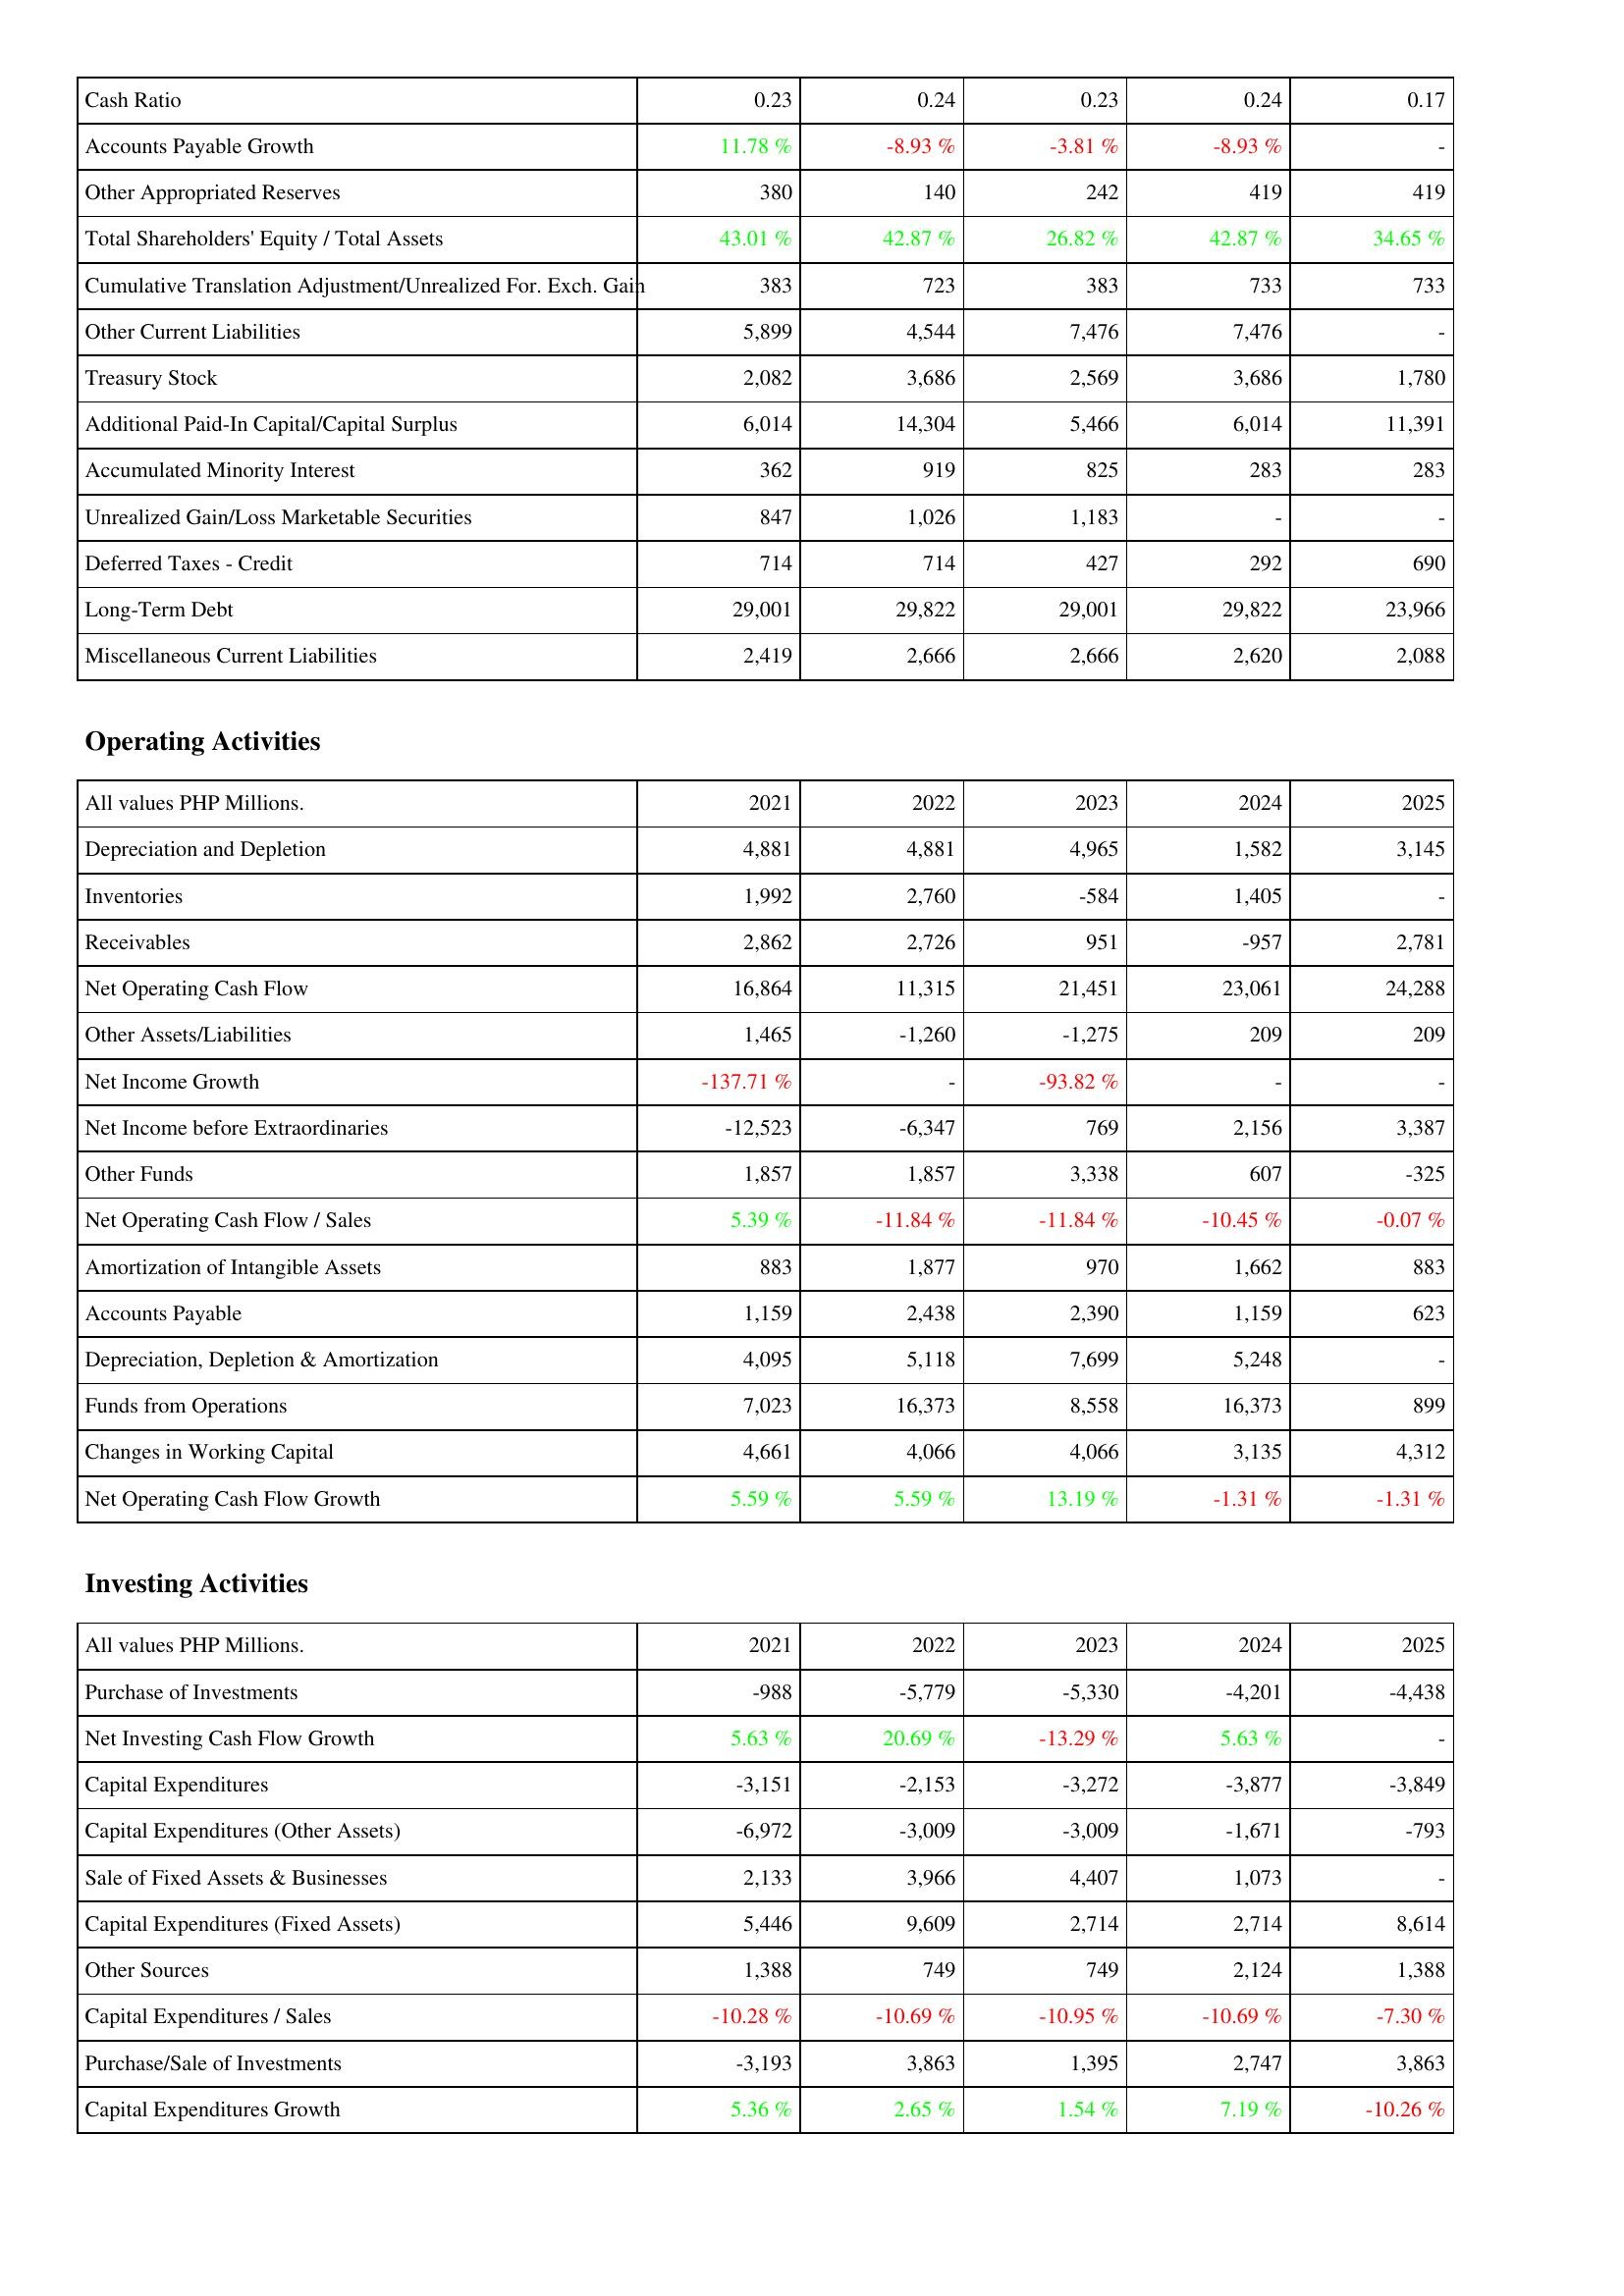
2021: Liabilities & Shareholders' Equity: Cash Ratio: 0.23
Accounts Payable Growth: 11.78 %
Other Appropriated Reserves: 380
Total Shareholders' Equity / Total Assets: 43.01 %
Cumulative Translation Adjustment/Unrealized For. Exch. Gain: 383
Other Current Liabilities: 5,899
Treasury Stock: 2,082
Additional Paid-In Capital/Capital Surplus: 6,014
Accumulated Minority Interest: 362
Unrealized Gain/Loss Marketable Securities: 847
Deferred Taxes - Credit: 714
Long-Term Debt: 29,001
Miscellaneous Current Liabilities: 2,419
Operating Activities: Depreciation and Depletion: 4,881
Inventories: 1,992
Receivables: 2,862
Net Operating Cash Flow: 16,864
Other Assets/Liabilities: 1,465
Net Income Growth: -137.71 %
Net Income before Extraordinaries: -12,523
Other Funds: 1,857
Net Operating Cash Flow / Sales: 5.39 %
Amortization of Intangible Assets: 883
Accounts Payable: 1,159
Depreciation, Depletion & Amortization: 4,095
Funds from Operations: 7,023
Changes in Working Capital: 4,661
Net Operating Cash Flow Growth: 5.59 %
Investing Activities: Purchase of Investments: -988
Net Investing Cash Flow Growth: 5.63 %
Capital Expenditures: -3,151
Capital Expenditures (Other Assets): -6,972
Sale of Fixed Assets & Businesses: 2,133
Capital Expenditures (Fixed Assets): 5,446
Other Sources: 1,388
Capital Expenditures / Sales: -10.28 %
Purchase/Sale of Investments: -3,193
Capital Expenditures Growth: 5.36 %
2022: Liabilities & Shareholders' Equity: Cash Ratio: 0.24
Accounts Payable Growth: -8.93 %
Other Appropriated Reserves: 140
Total Shareholders' Equity / Total Assets: 42.87 %
Cumulative Translation Adjustment/Unrealized For. Exch. Gain: 723
Other Current Liabilities: 4,544
Treasury Stock: 3,686
Additional Paid-In Capital/Capital Surplus: 14,304
Accumulated Minority Interest: 919
Unrealized Gain/Loss Marketable Securities: 1,026
Deferred Taxes - Credit: 714
Long-Term Debt: 29,822
Miscellaneous Current Liabilities: 2,666
Operating Activities: Depreciation and Depletion: 4,881
Inventories: 2,760
Receivables: 2,726
Net Operating Cash Flow: 11,315
Other Assets/Liabilities: -1,260
Net Income Growth: -
Net Income before Extraordinaries: -6,347
Other Funds: 1,857
Net Operating Cash Flow / Sales: -11.84 %
Amortization of Intangible Assets: 1,877
Accounts Payable: 2,438
Depreciation, Depletion & Amortization: 5,118
Funds from Operations: 16,373
Changes in Working Capital: 4,066
Net Operating Cash Flow Growth: 5.59 %
Investing Activities: Purchase of Investments: -5,779
Net Investing Cash Flow Growth: 20.69 %
Capital Expenditures: -2,153
Capital Expenditures (Other Assets): -3,009
Sale of Fixed Assets & Businesses: 3,966
Capital Expenditures (Fixed Assets): 9,609
Other Sources: 749
Capital Expenditures / Sales: -10.69 %
Purchase/Sale of Investments: 3,863
Capital Expenditures Growth: 2.65 %
2023: Liabilities & Shareholders' Equity: Cash Ratio: 0.23
Accounts Payable Growth: -3.81 %
Other Appropriated Reserves: 242
Total Shareholders' Equity / Total Assets: 26.82 %
Cumulative Translation Adjustment/Unrealized For. Exch. Gain: 383
Other Current Liabilities: 7,476
Treasury Stock: 2,569
Additional Paid-In Capital/Capital Surplus: 5,466
Accumulated Minority Interest: 825
Unrealized Gain/Loss Marketable Securities: 1,183
Deferred Taxes - Credit: 427
Long-Term Debt: 29,001
Miscellaneous Current Liabilities: 2,666
Operating Activities: Depreciation and Depletion: 4,965
Inventories: -584
Receivables: 951
Net Operating Cash Flow: 21,451
Other Assets/Liabilities: -1,275
Net Income Growth: -93.82 %
Net Income before Extraordinaries: 769
Other Funds: 3,338
Net Operating Cash Flow / Sales: -11.84 %
Amortization of Intangible Assets: 970
Accounts Payable: 2,390
Depreciation, Depletion & Amortization: 7,699
Funds from Operations: 8,558
Changes in Working Capital: 4,066
Net Operating Cash Flow Growth: 13.19 %
Investing Activities: Purchase of Investments: -5,330
Net Investing Cash Flow Growth: -13.29 %
Capital Expenditures: -3,272
Capital Expenditures (Other Assets): -3,009
Sale of Fixed Assets & Businesses: 4,407
Capital Expenditures (Fixed Assets): 2,714
Other Sources: 749
Capital Expenditures / Sales: -10.95 %
Purchase/Sale of Investments: 1,395
Capital Expenditures Growth: 1.54 %
2024: Liabilities & Shareholders' Equity: Cash Ratio: 0.24
Accounts Payable Growth: -8.93 %
Other Appropriated Reserves: 419
Total Shareholders' Equity / Total Assets: 42.87 %
Cumulative Translation Adjustment/Unrealized For. Exch. Gain: 733
Other Current Liabilities: 7,476
Treasury Stock: 3,686
Additional Paid-In Capital/Capital Surplus: 6,014
Accumulated Minority Interest: 283
Unrealized Gain/Loss Marketable Securities: -
Deferred Taxes - Credit: 292
Long-Term Debt: 29,822
Miscellaneous Current Liabilities: 2,620
Operating Activities: Depreciation and Depletion: 1,582
Inventories: 1,405
Receivables: -957
Net Operating Cash Flow: 23,061
Other Assets/Liabilities: 209
Net Income Growth: -
Net Income before Extraordinaries: 2,156
Other Funds: 607
Net Operating Cash Flow / Sales: -10.45 %
Amortization of Intangible Assets: 1,662
Accounts Payable: 1,159
Depreciation, Depletion & Amortization: 5,248
Funds from Operations: 16,373
Changes in Working Capital: 3,135
Net Operating Cash Flow Growth: -1.31 %
Investing Activities: Purchase of Investments: -4,201
Net Investing Cash Flow Growth: 5.63 %
Capital Expenditures: -3,877
Capital Expenditures (Other Assets): -1,671
Sale of Fixed Assets & Businesses: 1,073
Capital Expenditures (Fixed Assets): 2,714
Other Sources: 2,124
Capital Expenditures / Sales: -10.69 %
Purchase/Sale of Investments: 2,747
Capital Expenditures Growth: 7.19 %
2025: Liabilities & Shareholders' Equity: Cash Ratio: 0.17
Accounts Payable Growth: -
Other Appropriated Reserves: 419
Total Shareholders' Equity / Total Assets: 34.65 %
Cumulative Translation Adjustment/Unrealized For. Exch. Gain: 733
Other Current Liabilities: -
Treasury Stock: 1,780
Additional Paid-In Capital/Capital Surplus: 11,391
Accumulated Minority Interest: 283
Unrealized Gain/Loss Marketable Securities: -
Deferred Taxes - Credit: 690
Long-Term Debt: 23,966
Miscellaneous Current Liabilities: 2,088
Operating Activities: Depreciation and Depletion: 3,145
Inventories: -
Receivables: 2,781
Net Operating Cash Flow: 24,288
Other Assets/Liabilities: 209
Net Income Growth: -
Net Income before Extraordinaries: 3,387
Other Funds: -325
Net Operating Cash Flow / Sales: -0.07 %
Amortization of Intangible Assets: 883
Accounts Payable: 623
Depreciation, Depletion & Amortization: -
Funds from Operations: 899
Changes in Working Capital: 4,312
Net Operating Cash Flow Growth: -1.31 %
Investing Activities: Purchase of Investments: -4,438
Net Investing Cash Flow Growth: -
Capital Expenditures: -3,849
Capital Expenditures (Other Assets): -793
Sale of Fixed Assets & Businesses: -
Capital Expenditures (Fixed Assets): 8,614
Other Sources: 1,388
Capital Expenditures / Sales: -7.30 %
Purchase/Sale of Investments: 3,863
Capital Expenditures Growth: -10.26 %